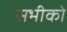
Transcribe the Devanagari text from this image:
सभीको